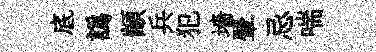
底譌顓兵犯墻翬忌喘